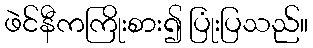
ဖဲင်နီကကြိုးစား၍ ပြုံးပြသည်။